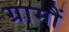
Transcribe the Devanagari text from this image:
ग्रामौं